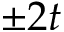
\pm 2 t